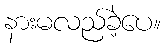
နားမလည်ခဲ့ပေ။